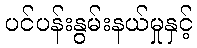
ပင်ပန်းနွမ်းနယ်မှုနှင့်